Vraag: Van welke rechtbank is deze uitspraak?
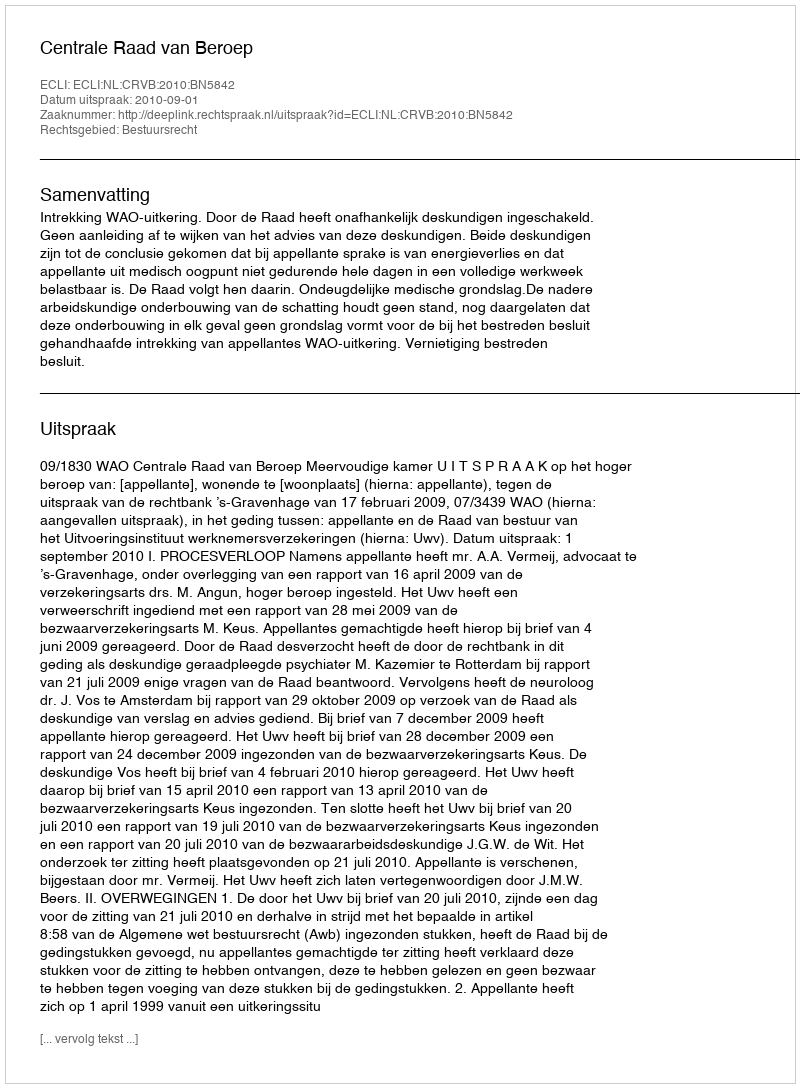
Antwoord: Centrale Raad van Beroep